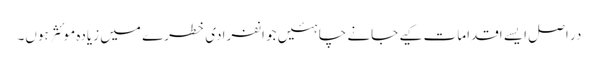
در اصل ایسے اقدامات کیے جانے چاہئیں جو انفرادی خطرے میں زیادہ موئثر ہوں۔